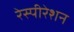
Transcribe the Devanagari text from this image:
रेस्पीरेशन